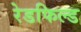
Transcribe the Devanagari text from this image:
रेडफिल्ड